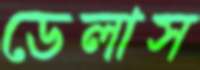
ডেলাস